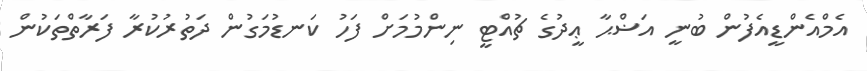
އެމްއެންޑީއެފުން ބުނީ އަޟްޙާ ޢީދުގެ ޗުއްޓީ ނިންމުމަށް ފަހު ކަނޑުމަގުން ދަތުރުކުރާ ފަރާތްތަކުން